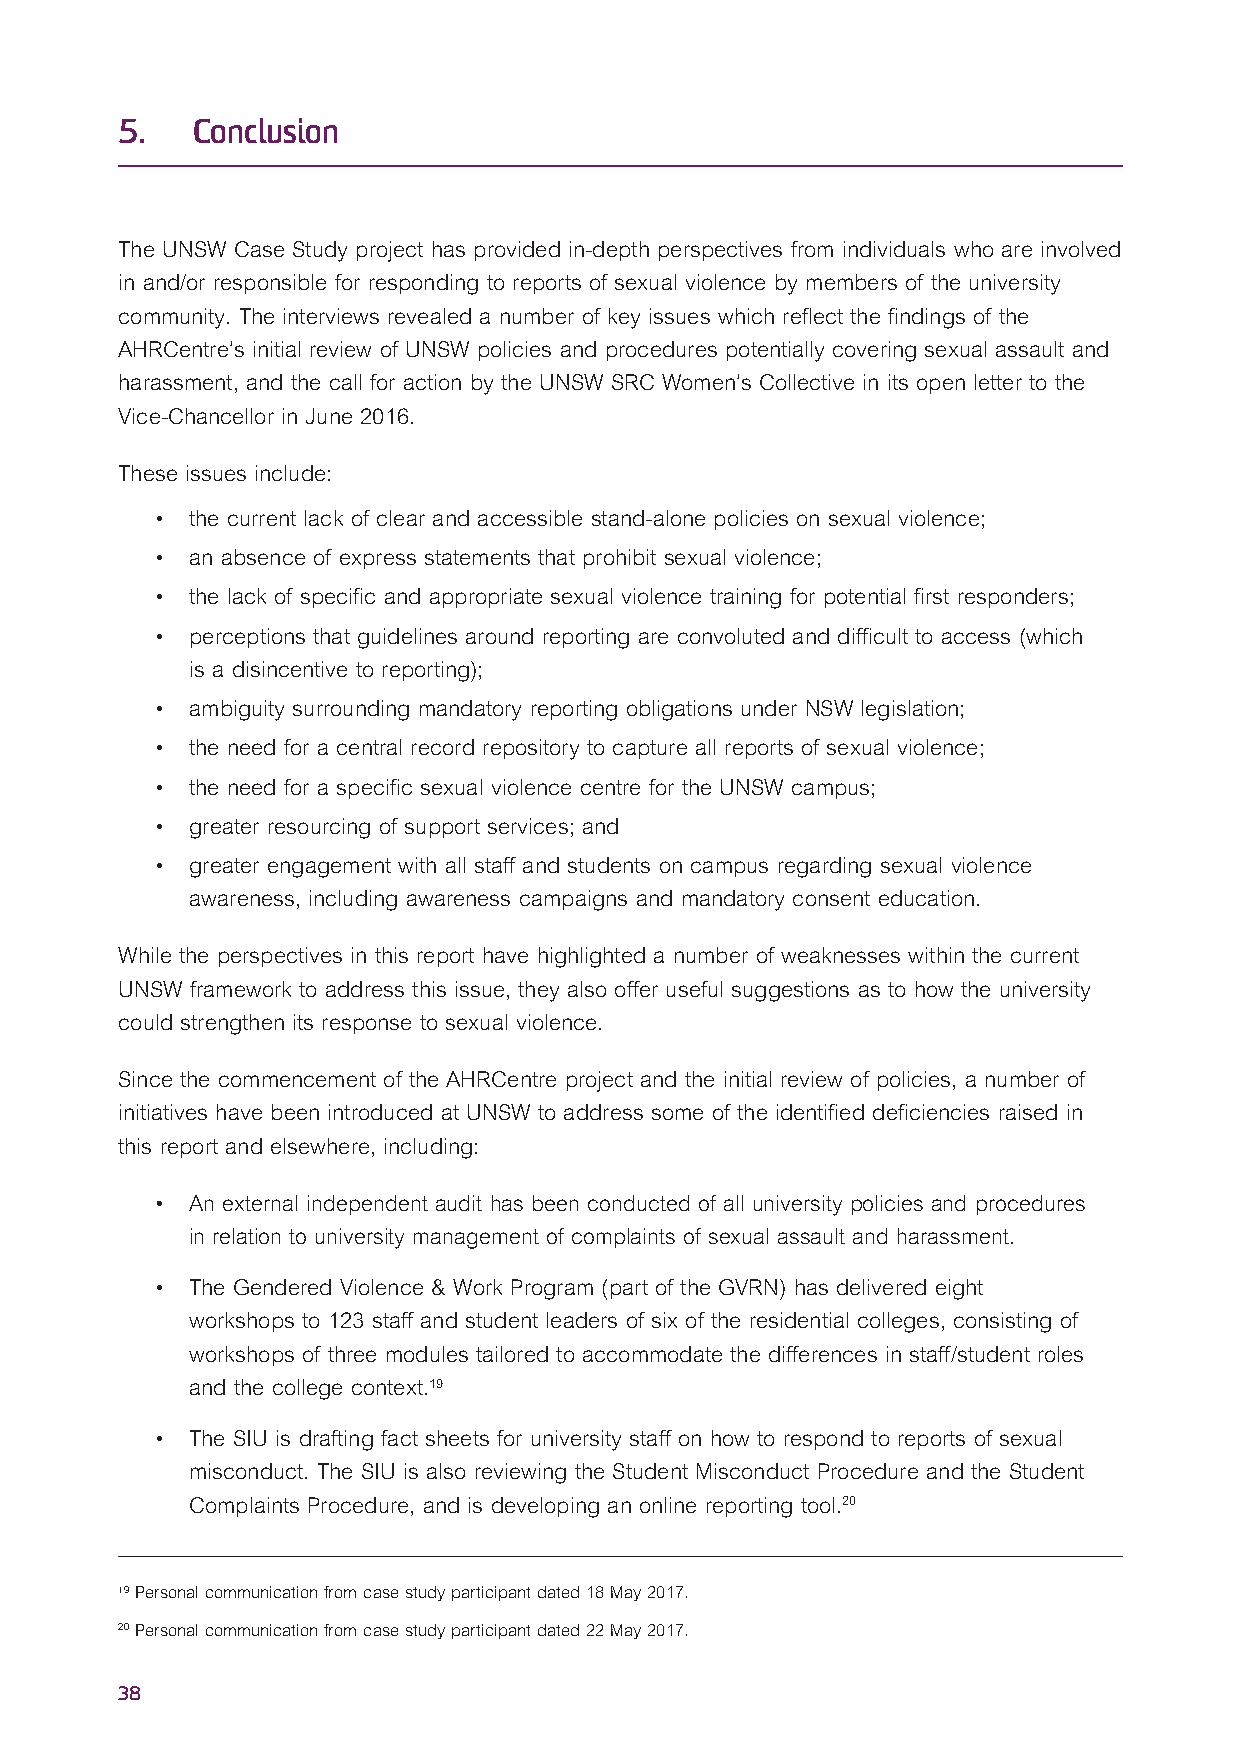
5.   Conclusion
 The UNSW Case Study project has provided in-depth perspectives from individuals who are involved
 in and/or responsible for responding to reports of sexual violence by members of the university
 community. The interviews revealed a number of key issues which reflect the findings of the
 AHRCentre’s initial review of UNSW policies and procedures potentially covering sexual assault and
 harassment, and the call for action by the UNSW SRC Women’s Collective in its open letter to the
 Vice-Chancellor in June 2016.
 These issues include:
 •  the current lack of clear and accessible stand-alone policies on sexual violence;
 •  an absence of express statements that prohibit sexual violence;
 •  the lack of specific and appropriate sexual violence training for potential first responders;
 •  perceptions that guidelines around reporting are convoluted and difficult to access (which
 is a disincentive to reporting);
 •  ambiguity surrounding mandatory reporting obligations under NSW legislation;
 •  the need for a central record repository to capture all reports of sexual violence;
 •  the need for a specific sexual violence centre for the UNSW campus;
 •  greater resourcing of support services; and
 •  greater engagement with all staff and students on campus regarding sexual violence
 awareness, including awareness campaigns and mandatory consent education.
 While the perspectives in this report have highlighted a number of weaknesses within the current
 UNSW framework to address this issue, they also offer useful suggestions as to how the university
 could strengthen its response to sexual violence.
 Since the commencement of the AHRCentre project and the initial review of policies, a number of
 initiatives have been introduced at UNSW to address some of the identified deficiencies raised in
 this report and elsewhere, including:
 •  An external independent audit has been conducted of all university policies and procedures
 in relation to university management of complaints of sexual assault and harassment.
 •  The Gendered Violence & Work Program (part of the GVRN) has delivered eight
 workshops to 123 staff and student leaders of six of the residential colleges, consisting of
 workshops of three modules tailored to accommodate the differences in staff/student roles
 and the college context.19
 •  The SIU is drafting fact sheets for university staff on how to respond to reports of sexual
 misconduct. The SIU is also reviewing the Student Misconduct Procedure and the Student
 Complaints Procedure, and is developing an online reporting tool.20
 19 Personal communication from case study participant dated 18 May 2017.
 20 Personal communication from case study participant dated 22 May 2017.
 38